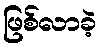
ဖြစ်လာခဲ့